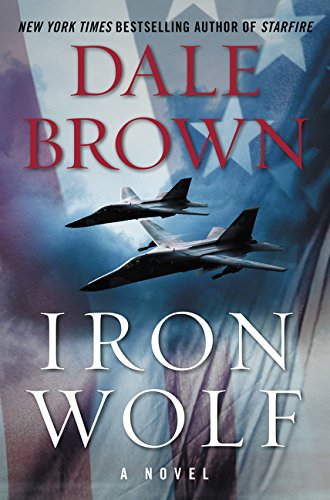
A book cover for Iron Wolf: A Novel; Dale Brown; Mystery, Thriller & Suspense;